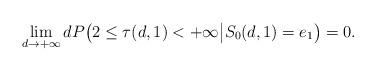
LaTeX: \begin{align*}\lim_{d\rightarrow+\infty}dP\big(2\leq\tau(d,1)<+\infty\big|S_0(d,1)=e_1\big)=0.\end{align*}